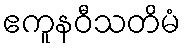
ဧကူနဝီသတိမံ